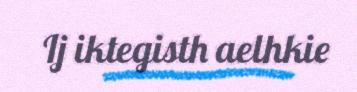
Ij iktegisth aelhkie